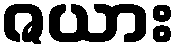
ဇယား